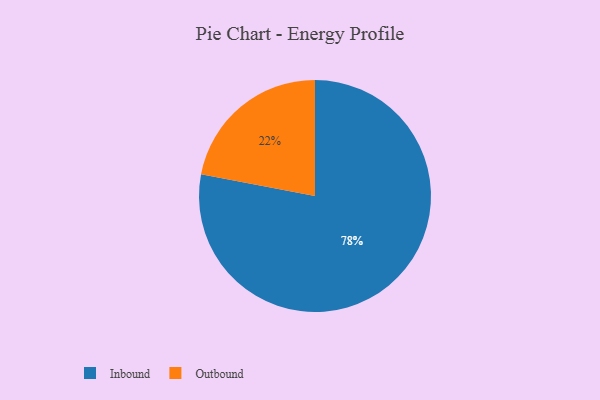
{"axis": {"x": "Category", "y": "Percentage"}, "legend": ["Inbound", "Outbound"], "data": [{"x": "Inbound", "y": 78, "type": "Inbound"}, {"x": "Outbound", "y": 22, "type": "Outbound"}]}